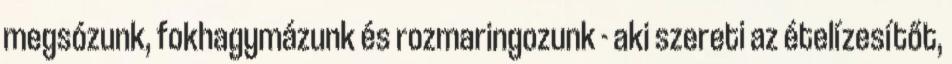
megsózunk, fokhagymázunk és rozmaringozunk - aki szereti az ételízesítőt,